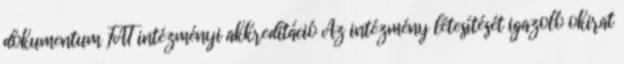
dokumentum FAT intézményi akkreditáció Az intézmény létesítését igazoló okirat